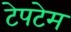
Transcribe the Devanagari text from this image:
टेपटेम